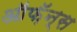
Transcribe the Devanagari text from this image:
ऑफ़ॅन्स